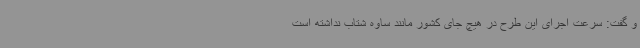
و گفت: سرعت اجرای این طرح در هیچ جای کشور مانند ساوه شتاب نداشته است